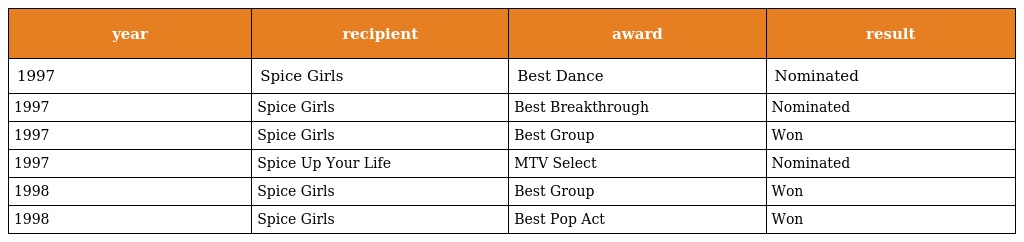
| year | recipient | award | result |
 | --- | --- | --- | --- |
 | 1997 | Spice Girls | Best Dance | Nominated |
 | 1997 | Spice Girls | Best Breakthrough | Nominated |
 | 1997 | Spice Girls | Best Group | Won |
 | 1997 | Spice Up Your Life | MTV Select | Nominated |
 | 1998 | Spice Girls | Best Group | Won |
 | 1998 | Spice Girls | Best Pop Act | Won |